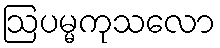
ဩပမ္မကုသလော